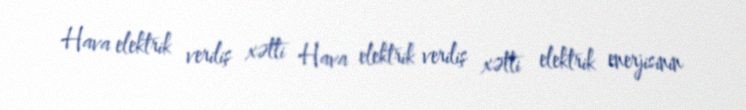
Hava elektrik veriliş xətti Hava elektrik veriliş xətti elektrik enerjisinin